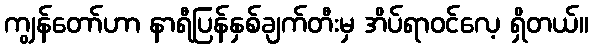
ကျွန်တော်ဟာ နာရီပြန်နှစ်ချက်တီးမှ အိပ်ရာဝင်လေ့ ရှိတယ်။